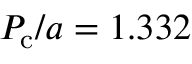
P _ { \mathrm { c } } / a = 1 . 3 3 2